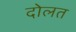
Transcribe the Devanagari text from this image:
दोलत